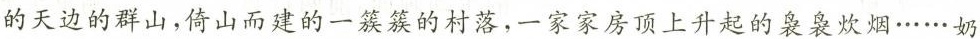
的天边的群山，倚山而建的一簇簇的村落，一家家房顶上升起的袅袅炊烟······奶